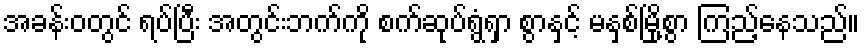
အခန်းဝတွင် ရပ်ပြီး အတွင်းဘက်ကို စက်ဆုပ်ရွံရှာ စွာနှင့် မနှစ်မြို့စွာ ကြည့်နေသည်။